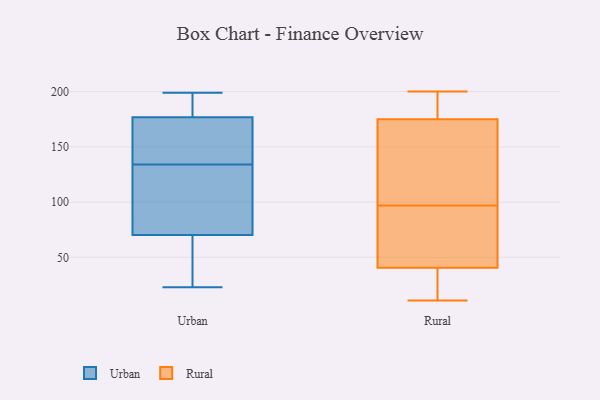
{"axis": {"x": "Website Visitors", "y": "Value"}, "legend": ["Rural", "Urban"], "data": [{"x": "", "y": 23, "type": "Urban"}, {"x": "", "y": 104, "type": "Urban"}, {"x": "", "y": 179, "type": "Urban"}, {"x": "", "y": 71, "type": "Urban"}, {"x": "", "y": 173, "type": "Urban"}, {"x": "", "y": 50, "type": "Urban"}, {"x": "", "y": 175, "type": "Urban"}, {"x": "", "y": 100, "type": "Urban"}, {"x": "", "y": 179, "type": "Urban"}, {"x": "", "y": 134, "type": "Urban"}, {"x": "", "y": 169, "type": "Urban"}, {"x": "", "y": 36, "type": "Urban"}, {"x": "", "y": 68, "type": "Urban"}, {"x": "", "y": 199, "type": "Urban"}, {"x": "", "y": 195, "type": "Urban"}, {"x": "", "y": 121, "type": "Urban"}, {"x": "", "y": 176, "type": "Urban"}, {"x": "", "y": 112, "type": "Rural"}, {"x": "", "y": 101, "type": "Rural"}, {"x": "", "y": 68, "type": "Rural"}, {"x": "", "y": 18, "type": "Rural"}, {"x": "", "y": 196, "type": "Rural"}, {"x": "", "y": 93, "type": "Rural"}, {"x": "", "y": 154, "type": "Rural"}, {"x": "", "y": 192, "type": "Rural"}, {"x": "", "y": 21, "type": "Rural"}, {"x": "", "y": 50, "type": "Rural"}, {"x": "", "y": 87, "type": "Rural"}, {"x": "", "y": 175, "type": "Rural"}, {"x": "", "y": 31, "type": "Rural"}, {"x": "", "y": 200, "type": "Rural"}, {"x": "", "y": 186, "type": "Rural"}, {"x": "", "y": 167, "type": "Rural"}, {"x": "", "y": 11, "type": "Rural"}, {"x": "", "y": 57, "type": "Rural"}, {"x": "", "y": 175, "type": "Rural"}, {"x": "", "y": 22, "type": "Rural"}]}